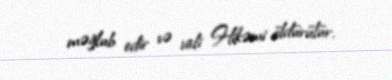
məğlub edir və vali Hikəmi öldürülür.